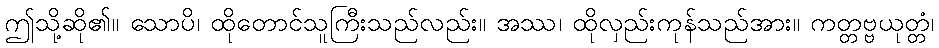
ဤသို့ဆို၏။ သောပိ၊ ထိုတောင်သူကြီးသည်လည်း။ အဿ၊ ထိုလှည်းကုန်သည်အား။ ကတ္တဗ္ဗယုတ္တံ၊